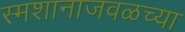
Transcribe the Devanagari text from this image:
स्मशानाजवळच्या